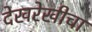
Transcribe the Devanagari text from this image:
देखरेखीचा